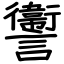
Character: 讆